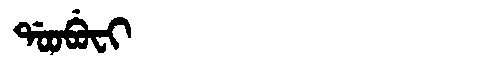
Manchu: ᡩᠣᠣᠪᡠᠸᡳ
Romanization: DOOBUFI